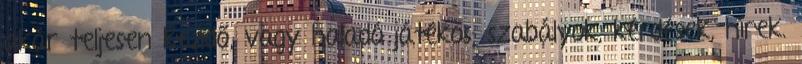
akár teljesen kezdő, vagy haladó játékos; szabályok, kérdések, hírek.